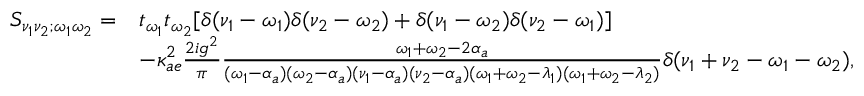
\begin{array} { r l } { S _ { \nu _ { 1 } \nu _ { 2 } ; \omega _ { 1 } \omega _ { 2 } } = } & { t _ { \omega _ { 1 } } t _ { \omega _ { 2 } } [ \delta ( \nu _ { 1 } - \omega _ { 1 } ) \delta ( \nu _ { 2 } - \omega _ { 2 } ) + \delta ( \nu _ { 1 } - \omega _ { 2 } ) \delta ( \nu _ { 2 } - \omega _ { 1 } ) ] } \\ & { - \kappa _ { a e } ^ { 2 } \frac { 2 i g ^ { 2 } } { \pi } \frac { \omega _ { 1 } + \omega _ { 2 } - 2 \alpha _ { a } } { ( \omega _ { 1 } - \alpha _ { a } ) ( \omega _ { 2 } - \alpha _ { a } ) ( \nu _ { 1 } - \alpha _ { a } ) ( \nu _ { 2 } - \alpha _ { a } ) ( \omega _ { 1 } + \omega _ { 2 } - \lambda _ { 1 } ) ( \omega _ { 1 } + \omega _ { 2 } - \lambda _ { 2 } ) } \delta ( \nu _ { 1 } + \nu _ { 2 } - \omega _ { 1 } - \omega _ { 2 } ) , } \end{array}